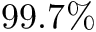
9 9 . 7 \%